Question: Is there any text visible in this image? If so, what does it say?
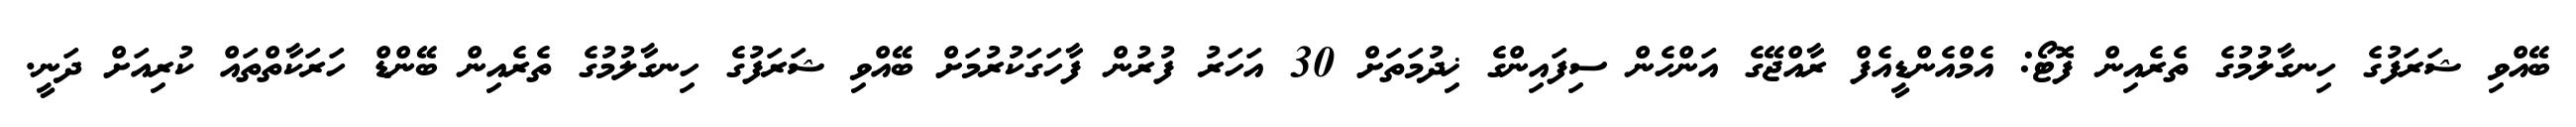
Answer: ބޭއްވި ޝަރަފުގެ ހިނގާލުމުގެ ތެރެއިން ފޮޓޯ: އެމްއެންޑީއެފް ރާއްޖޭގެ އަންހެން ސިފައިންގެ ޚިދުމަތަށް 30 އަހަރު ފުރުން ފާހަގަކުރުމަށް ބޭއްވި ޝަރަފުގެ ހިނގާލުމުގެ ތެރެއިން ބޭންޑް ހަރަކާތްތައް ކުރިއަށް ދަނީ.